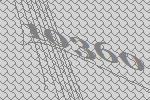
10360